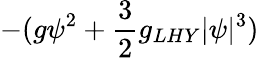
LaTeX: -(g\psi^{2}+\frac{3}{2}g_{LHY}|\psi|^{3})